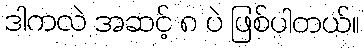
ဒါကလဲ အဆင့် ၈ ပဲ ဖြစ်ပါတယ်။